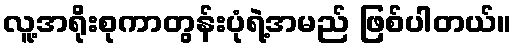
လူ့အရိုးစုကာတွန်းပုံရဲ့အမည် ဖြစ်ပါတယ်။